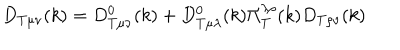
LaTeX: D _ { T \mu \nu } ( k ) = D _ { T \mu \nu } ^ { 0 } ( k ) + D _ { T \mu \lambda } ^ { 0 } ( k ) \Pi _ { T } ^ { \lambda \rho } ( k ) D _ { T \rho \nu } ( k )